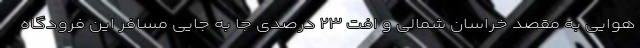
هوایی به مقصد خراسان شمالی و افت ۲۳ درصدی جا به جایی مسافر این فرودگاه